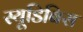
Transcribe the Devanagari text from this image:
स्यूडिबिस